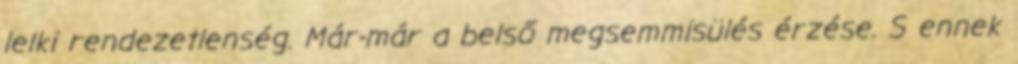
lelki rendezetlenség. Már-már a belső megsemmisülés érzése. S ennek